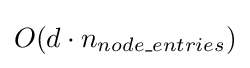
O(d\cdot n_{node\_entries})